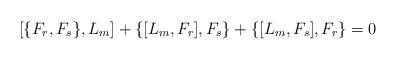
LaTeX: \begin{align*}\left [ \{F_r, F_s\}, L_m\right] + \{ [ L_m, F_r],F_s \} + \{ [ L_m,F_s],F_r\} = 0\end{align*}